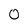
Character: 0